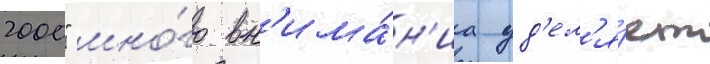
2000" мно́го вн'има́н'иа уд'ел'я́ет